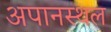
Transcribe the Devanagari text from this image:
अपानस्थल